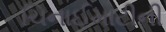
ચિનાઈમાટીની